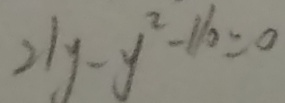
2 1 y - y ^ { 2 } - 1 1 0 = 0